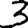
Digit: 3